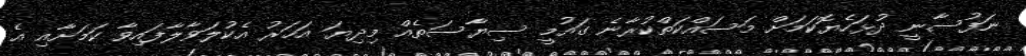
ނަފުސާނީ ދުޅަހެޔޮކަމަށް މަސައްކަތްކުރާނެ ގައުމީ ސިޔާސަތެއް މިދިޔަ އަހަރު އެކުލަވާލާފައިވާ ކަމަށާއި އެ